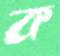
ক